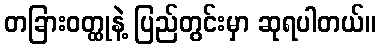
တခြားဝတ္ထုနဲ့ ပြည်တွင်းမှာ ဆုရပါတယ်။